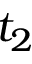
t _ { 2 }